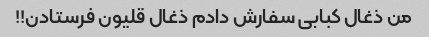
من ذغال کبابى سفارش دادم ذغال قلیون فرستادن!!